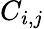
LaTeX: C_{i,j}